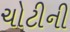
ચોટીની